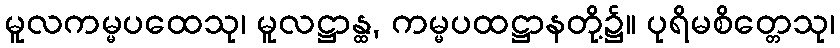
မူလကမ္မပထေသု၊ မူလဋ္ဌာန္ထ, ကမ္မပထဋ္ဌာနတို့၌။ ပုရိမစိတ္တေသု၊